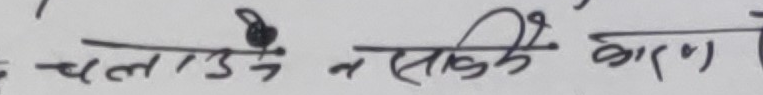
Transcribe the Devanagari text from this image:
चलाउने नसकिएकाले